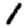
Digit: 1